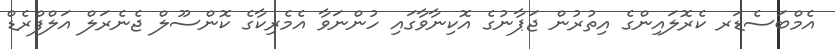
އެމްބަސެޑަރ ކެރޮލައިންގެ އިތުރުން ޖަޕާނުގެ އޮކިނާވާގައި ހުންނަވާ އެމެރިކާގެ ކޮންސޫލް ޖެނެރަލް އަލްފްރެޑް